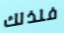
فلذلك